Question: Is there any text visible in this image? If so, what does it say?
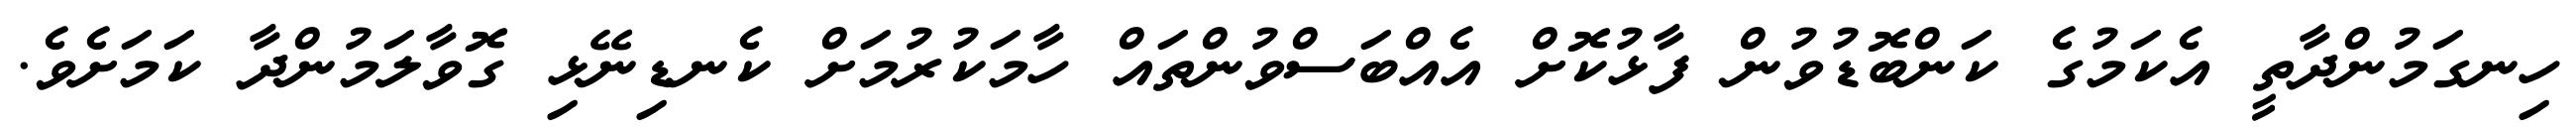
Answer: ހިނގަމުންދާތީ އެކަމުގެ ކަންބޮޑުވުން ފާޅުކޮށް އެއްބަސްވުންތައް ހާމަކުރުމަށް ކެނޑިނޭޅި ގޮވާލަމުންދާ ކަމަށެވެ.